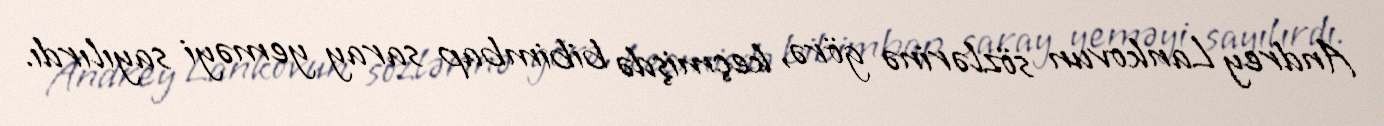
Andrey Lankovun sözlərinə görə, keçmişdə bibimbap saray yeməyi sayılırdı.